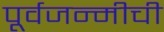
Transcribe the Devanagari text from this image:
पूर्वजन्मीची